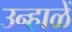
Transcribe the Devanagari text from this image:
उन्हाळें